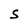
Character: S